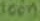
Text: 100n